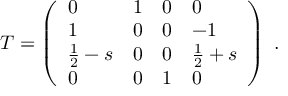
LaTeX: T = \left( \begin{array} { l l l l } { { 0 } } & { { 1 } } & { { 0 } } & { { 0 } } \\ { { 1 } } & { { 0 } } & { { 0 } } & { { - 1 } } \\ { { \frac { 1 } { 2 } - s } } & { { 0 } } & { { 0 } } & { { \frac { 1 } { 2 } + s } } \\ { { 0 } } & { { 0 } } & { { 1 } } & { { 0 } } \end{array} \right) \ .